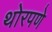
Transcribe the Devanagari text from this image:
थोरपणे